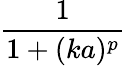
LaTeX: \displaystyle\frac{1}{1+(ka)^{p}}